Civil Veterinary Department ledger series I-VI
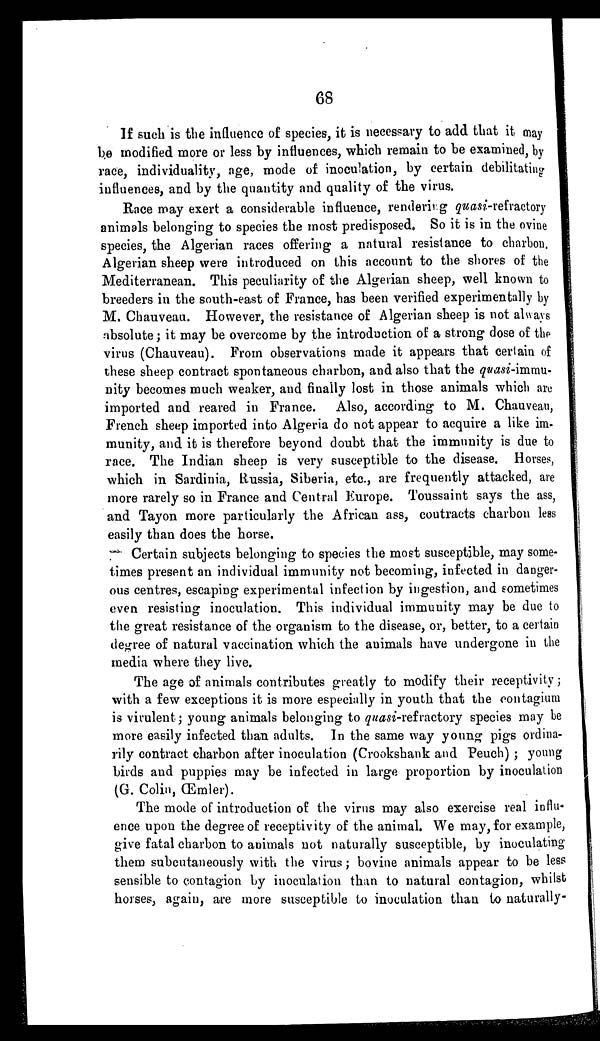
68
If such is the influence of species, it is necessary to add that it may
be modified more or less by influences, which remain to be examined, by
race, individuality, age, mode of inoculation, by certain debilitating
influences, and by the quantity and quality of the virus.
Race may exert a considerable influence, rendering quasi-refractory
animals belonging to species the most predisposed. So it is in the ovine
species, the Algerian races offering a natural resistance to charbon.
Algerian sheep were introduced on this account to the shores of the
Mediterranean. This peculiarity of the Algerian sheep, well known to
breeders in the south-east of France, has been verified experimentally by
M. Chauveau. However, the resistance of Algerian sheep is not always
absolute; it may be overcome by the introduction of a strong dose of the
virus (Chauveau). From observations made it appears that certain of
these sheep contract spontaneous charbon, and also that the quasi-immu-
nity becomes much weaker, and finally lost in those animals which are
imported and reared in France. Also, according to M. Chauveau,
French sheep imported into Algeria do not appear to acquire a like im-
munity, and it is therefore beyond doubt that the immunity is due to
race. The Indian sheep is very susceptible to the disease. Horses,
which in Sardinia, Russia, Siberia, etc., are frequently attacked, are
more rarely so in France and Central Europe. Toussaint says the ass,
and Tayon more particularly the African ass, contracts charbon less
easily than does the horse.
Certain subjects belonging to species the most susceptible, may some-
times present an individual immunity not becoming, infected in danger-
ous centres, escaping experimental infection by ingestion, and sometimes
even resisting inoculation. This individual immunity may be due to
the great resistance of the organism to the disease, or, better, to a certain
degree of natural vaccination which the animals have undergone in the
media where they live.
The age of animals contributes greatly to modify their receptivity;
with a few exceptions it is more especially in youth that the contagium
is virulent; young animals belonging to quasi-refractory species may be
more easily infected than adults. In the same way young pigs ordina-
rily contract charbon after inoculation (Crookshank and Peuch) ; young
birds and puppies may be infected in large proportion by inoculation
(G. Colin, Œmler).
The mode of introduction of the virus may also exercise real influ-
ence upon the degree of receptivity of the animal. We may, for example,
give fatal charbon to animals not naturally susceptible, by inoculating
them subcutaneously with the virus; bovine animals appear to be less
sensible to contagion by inoculation than to natural contagion, whilst
horses, again, are more susceptible to inoculation than to naturally-